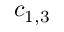
c _ { 1 , 3 }